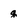
Character: g